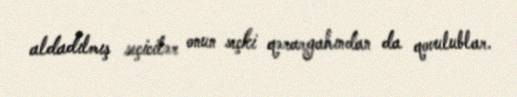
aldadılmış seçicilər onun seçki qərargahından da qovulublar.